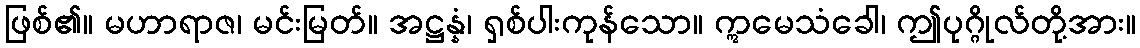
ဖြစ်၏။ မဟာရာဇ၊ မင်းမြတ်။ အဋ္ဌန္နံ၊ ရှစ်ပါးကုန်သော။ ဣမေသံခေါ၊ ဤပုဂ္ဂိုလ်တို့အား။